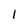
Character: I